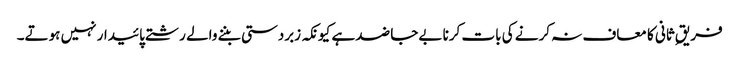
فریقِ ثانی کا معاف نہ کرنے کی بات کرنا بےجا ضد ہے کیونکہ زبردستی بننے والے رشتے پائیدار نہیں ہوتے۔